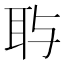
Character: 𱻷